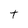
Character: t